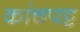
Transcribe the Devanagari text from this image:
कांचपट्ट